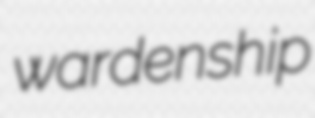
wardenship